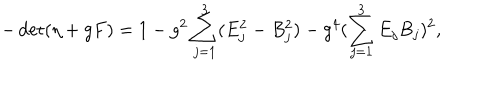
LaTeX: - \det ( \eta + g F ) = 1 - g ^ { 2 } \sum _ { j = 1 } ^ { 3 } ( E _ { j } ^ { 2 } - B _ { j } ^ { 2 } ) - g ^ { 4 } ( \sum _ { j = 1 } ^ { 3 } E _ { j } B _ { j } ) ^ { 2 } ,